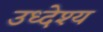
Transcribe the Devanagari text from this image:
उध्देश्य